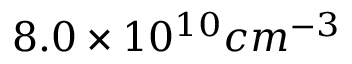
8 . 0 \times 1 0 ^ { 1 0 } c m ^ { - 3 }